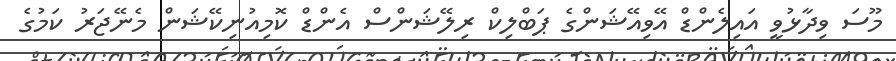
މޫސަ ވިދާޅުވީ އައިލެންޑް އޭވިއޭޝަންގެ ޕަބްލިކް ރިލޭޝަންސް އެންޑް ކޮމިއުނިކޭޝަން މެނޭޖަރު ކަމުގެ